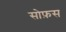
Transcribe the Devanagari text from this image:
सोफ़स